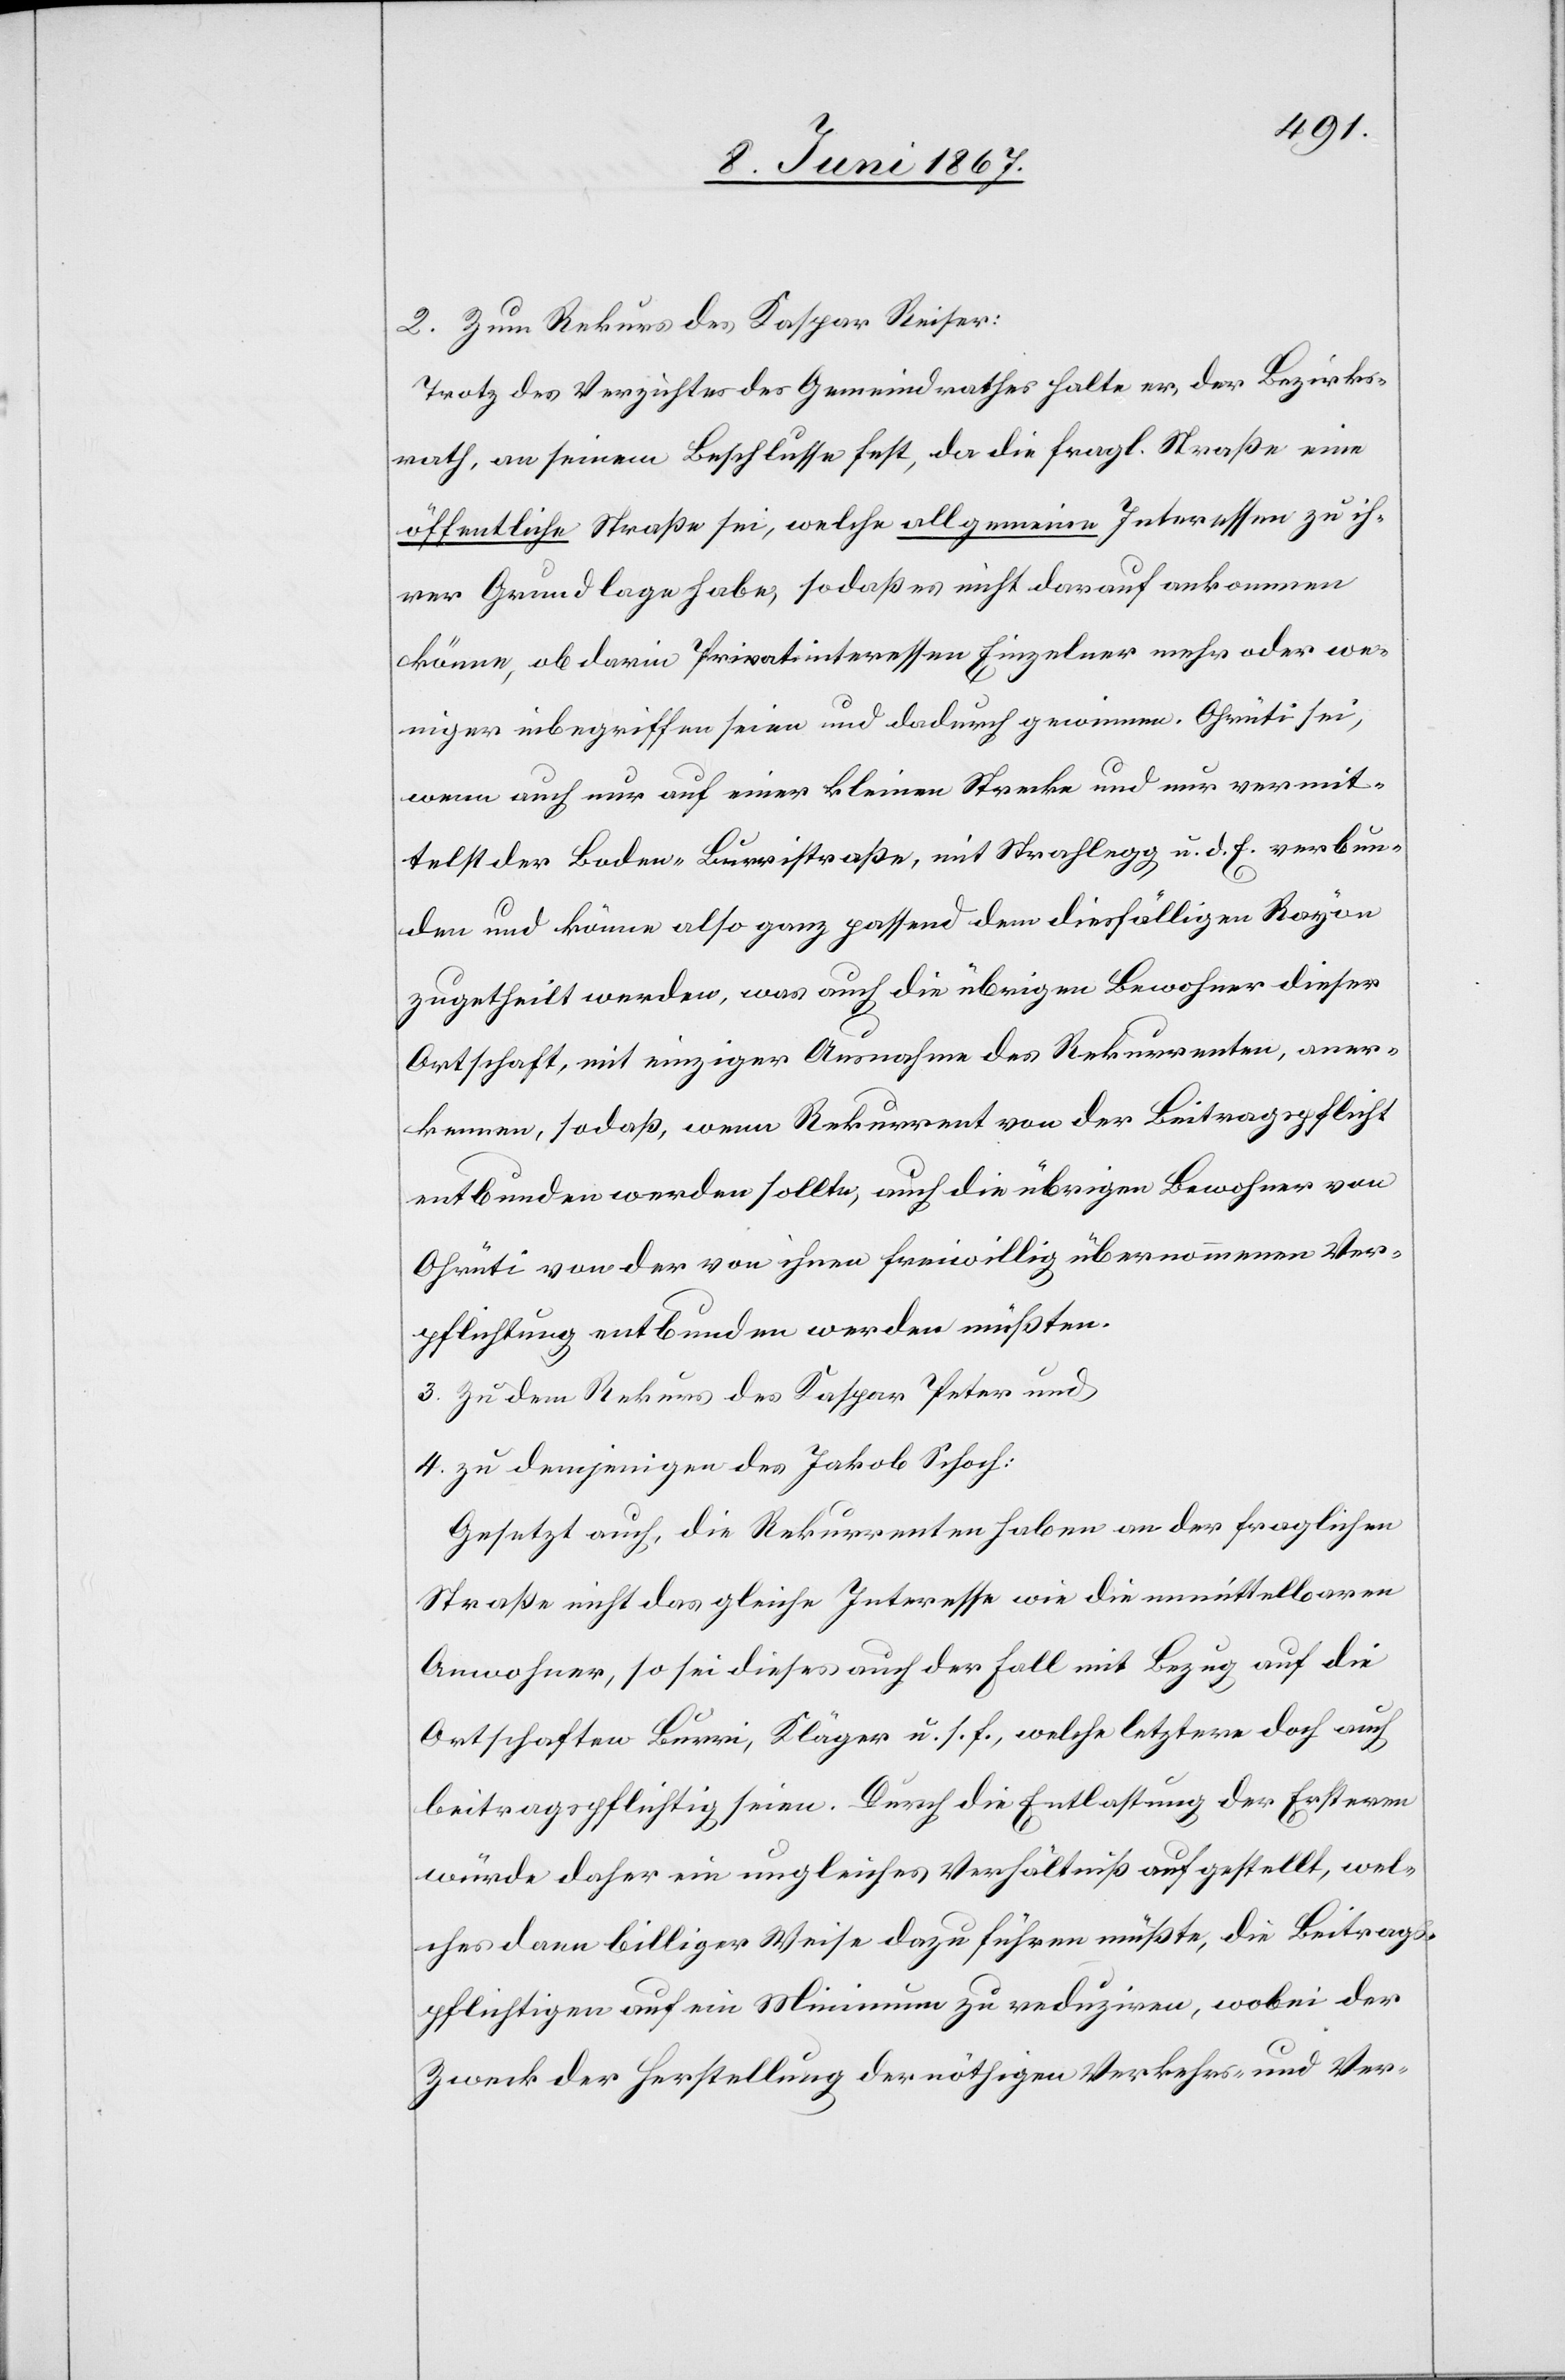
2. Zum Rekurs des Kaspar Reiser:
Trotz des Verzichtes des Gemeindrathes halte er, der Bezirks¬
rath, an seinem Beschlusse fest, da die fragl. Straße eine
öffentliche Straße sei, welche allgemeine Interessen zu ih¬
rer Grundlage habe, sodaß es nicht darauf ankommen
könne, ob darin Privatinteressen Einzelner mehr oder we¬
niger inbegriffen seien und dadurch gewinnen. Ohrüti sei,
wenn auch nur auf einer kleinen Strecke und nur vermit¬
telst der Boden-Burristraße, mit Strahlegg u. d. E. verbun¬
den und könne also ganz passend dem diesfälligen Rayon
zugetheilt werden, was auch die übrigen Bewohner dieser
Ortschaft, mit einziger Ausnahme des Rekurrenten, aner¬
kennen, sodaß, wenn Rekurrent von der Beitragspflicht
entbunden werden sollte, auch die übrigen Bewohner von
Ohrüti von der von ihnen freiwillig übernommenen Ver¬
pflichtung entbunden werden müßten.
3. Zu dem Rekurs des Kaspar Peter und
4. zu demjenigen des Jakob Schoch:
Gesetzt auch, die Rekurrenten haben an der fraglichen
Straße nicht das gleiche Interesse wie die unmittelbaren
Anwohner, so sei dieses auch der Fall mit Bezug auf die
Ortschaften Burri, Kläger u. s. f., welche letztere doch auch
beitragspflichtig seien. Durch die Entlassung der Ersteren
würde daher ein ungleiches Verhältniß aufgestellt, wel¬
ches dann billiger Weise dazu führen müßte, die Beitrags¬
pflichtigen auf ein Minimum zu reduziren, wobei der
Zweck der Herstellung der nöthigen Verkehrs- und Ver-